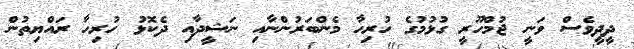
ދީދީވެސް ވަނީ ޖުމްހޫރީ ގުޅުމުގެ ހުރިހާ މެންބަރުންނާއި ނަޝީދާއި ދެކޮޅު ހުރިހާ ރައްޔިތުން